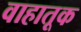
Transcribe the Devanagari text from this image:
वाहातूक